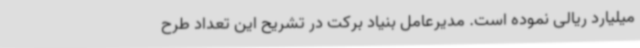
میلیارد ریالی نموده است. مدیرعامل بنیاد برکت در تشریح این تعداد طرح